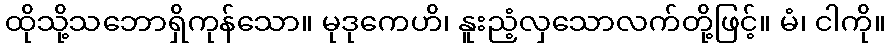
ထိုသို့သဘောရှိကုန်သော။ မုဒုကေဟိ၊ နူးညံ့လှသောလက်တို့ဖြင့်။ မံ၊ ငါကို။